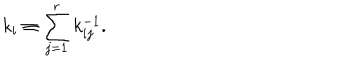
LaTeX: k _ { i } \equiv \sum _ { j = 1 } ^ { r } k _ { i j } ^ { - 1 } .